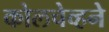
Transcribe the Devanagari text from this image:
कोलचेव्हने